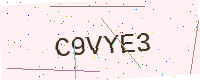
Text: C9VYE3